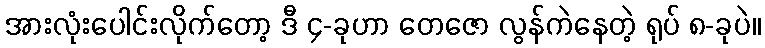
အားလုံးပေါင်းလိုက်တော့ ဒီ ၄-ခုဟာ တေဇော လွန်ကဲနေတဲ့ ရုပ် ၈-ခုပဲ။